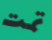
تمت